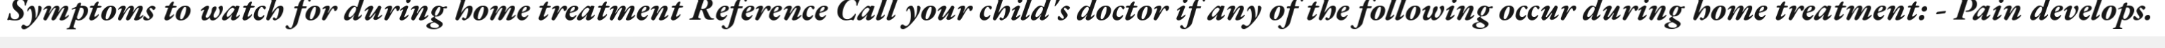
Symptoms to watch for during home treatment Reference Call your child's doctor if any of the following occur during home treatment: - Pain develops.